Civil Veterinary Department Bihar reports 1940-50 - 1940-1950
Year: 1940
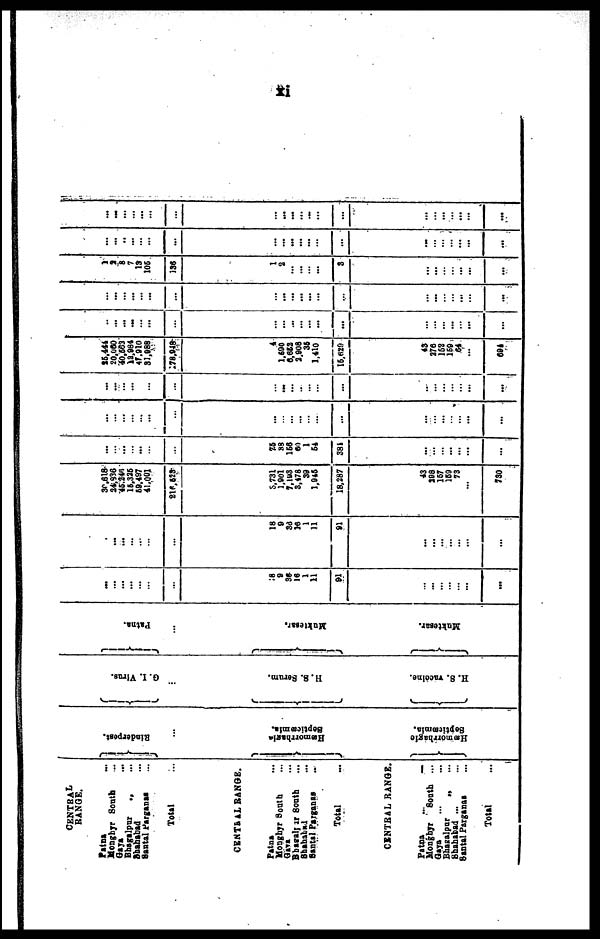
xi
CENTRAL
RANGE.
Patna …
Monghyr South …
Gaya …
Bhagalpur … …
Shahabad … …
Santal parganas … …
Total …
CENTRAL RANGE.
Patna …
Monghyr South …
Gaya …
Bhagalpur South …
Shahabad …
Santal Parganas …
Total …
CENTRAL RANGE.
Patna
... …
Monghyr South ...
Gaya … …
Bhagalpur
„ …
Shahabad ... …
Santal Parganas …
Total …
Rinderpest.
…
Septicæmia.
Hæmorrhagic
Septicæmia.
G. I. Virus.
…
H. S. Serum.
H. S. vaccine.
Patna.
…
Muktesar.
Muktesar.
…
8
9
36
16
1
11
91
…
…
… …
…
…
...
…
...
...
…
…
…
…
18
9
36
16
1
11
91
…
…
… …
…
…
...
30,618
24,936
46,246
16,336
59,497
41,001
216,623
3,731
1,901
7,193
3,478
39
1,946
18,287
43
198
167
169
73
…
730
…
…
…
…
...
…
…
23
39
168
60
1
54
384
…
…
… …
…
…
…
…
…
…
…
… ...
…
…
…
…
…
…
…
…
…
… …
…
…
…
…
…
…
…
…
…
…
…
…
…
…
…
...
…
…
… …
…
…
…
25,444
20,060
40,663
12,984
47,910
31,988
178,948
4
1,690
6,622
3.908
36
1,410
15,629
43
276
162
169
64
…
694
…
...
...
…
…
...
...
…
…
…
...
...
...
…
...
…
…
...
...
...
…
...
…
…
…
...
…
…
…
…
...
...
…
…
...
…
…
…
...
1
3
8
7
13
106
136
1
2
…
…
…
3
…
…
… …
…
…
...
…
…
…
...
…
…
…
…
...
…
...
...
...
…
…
… …
…
…
...
…
…
…
…
…
…
…
…
…
…
…
…
...
…
…
… …
…
…
...